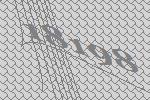
18198